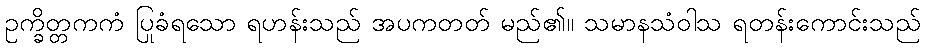
ဥက္ခိတ္တကကံ ပြုခံရသော ရဟန်းသည် အပကတတ် မည်၏။ သမာနသံဝါသ ရတန်းကောင်းသည်